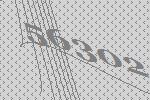
56302